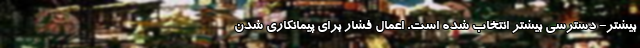
بیشتر- دسترسی بیشتر انتخاب شده است. اعمال فشار برای پیمانکاری شدن